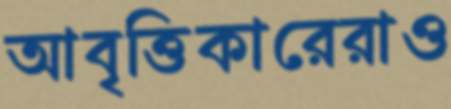
আবৃত্তিকারেরাও